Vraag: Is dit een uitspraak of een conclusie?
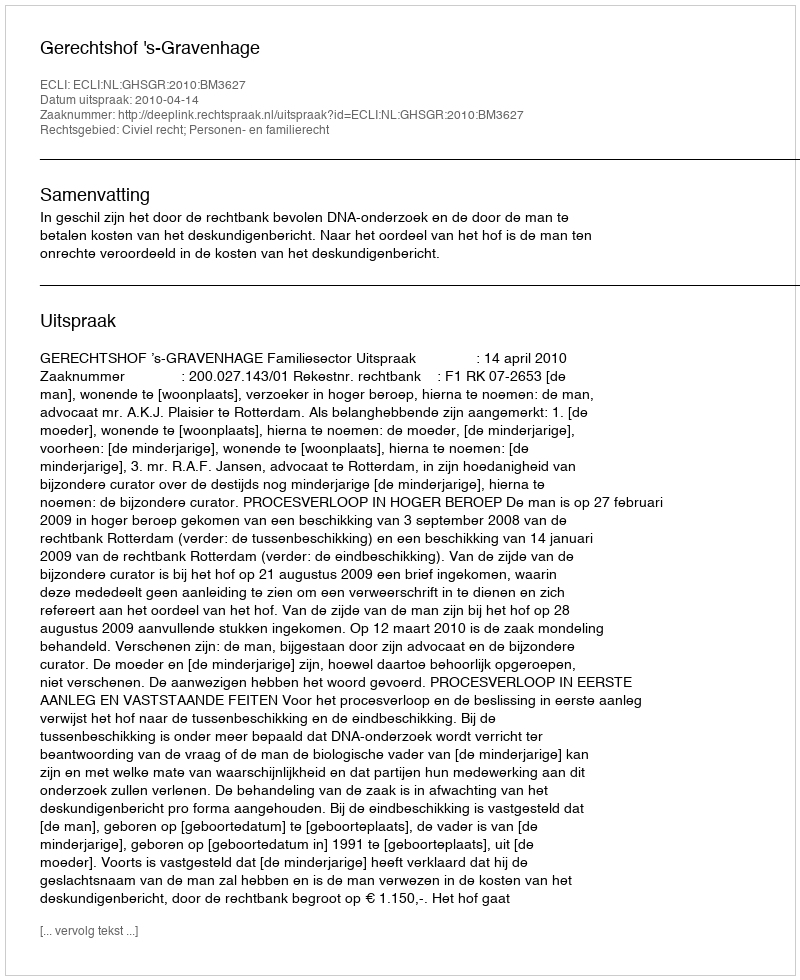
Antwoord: Uitspraak